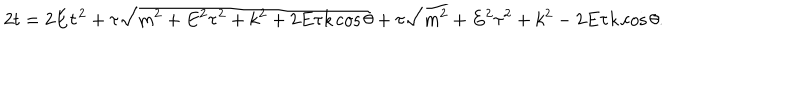
2 t = 2 E \tau ^ { 2 } + \tau \sqrt { m ^ { 2 } + E ^ { 2 } \tau ^ { 2 } + k ^ { 2 } + 2 E \tau k \cos \theta } + \tau \sqrt { m ^ { 2 } + E ^ { 2 } \tau ^ { 2 } + k ^ { 2 } - 2 E \tau k \cos \theta } .